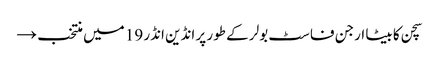
سچن کا بیٹا ارجن فاسٹ بولر کے طور پر انڈین انڈر 19 میں منتخب →